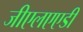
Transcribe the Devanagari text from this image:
जीएलएएडी